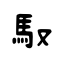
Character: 馭